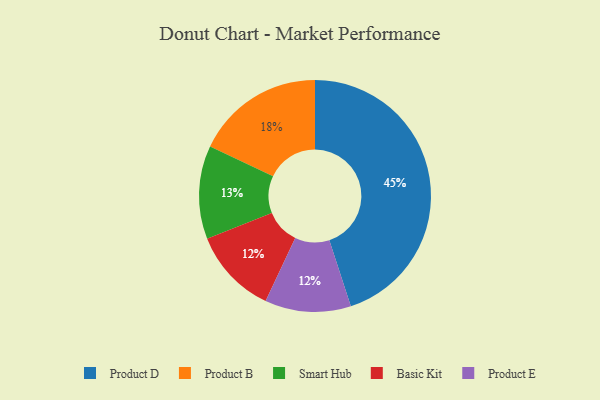
{"axis": {"x": "Category", "y": "Percentage"}, "legend": ["Basic Kit", "Product B", "Product D", "Product E", "Smart Hub"], "data": [{"x": "Product D", "y": 45, "type": "Product D"}, {"x": "Product B", "y": 18, "type": "Product B"}, {"x": "Basic Kit", "y": 12, "type": "Basic Kit"}, {"x": "Product E", "y": 12, "type": "Product E"}, {"x": "Smart Hub", "y": 13, "type": "Smart Hub"}]}